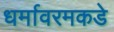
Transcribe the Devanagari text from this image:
धर्मावरमकडे